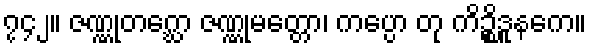
၇၄၂။ ဇဏ္ဏုတဂ္ဃော ဇဏ္ဏုမတ္တော၊ ကပ္ပော တု ကိဉ္စိဒူနကေ။